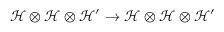
\mathcal { H } \otimes \mathcal { H } \otimes \mathcal { H } ^ { \prime } \rightarrow \mathcal { H } \otimes \mathcal { H } \otimes \mathcal { H } ^ { \prime }